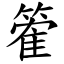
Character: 篧